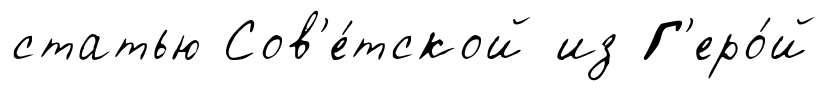
статью Сов'е́тской из Г'еро́й